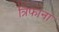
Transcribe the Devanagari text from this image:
त्रिफाना